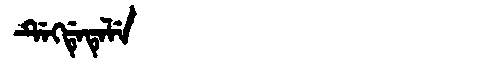
Manchu: ᡩᡝᡴᡩᡝᡨᡝᠯᡝ
Romanization: DEKDETELE